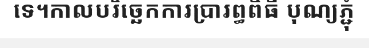
ទេ។កាលបរិច្ឆេកការប្រារព្ធពិធី បុណ្យភ្ជុំ